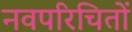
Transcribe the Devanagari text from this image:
नवपरिचितों